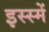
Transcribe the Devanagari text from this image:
इस्स्में